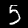
Label: 5